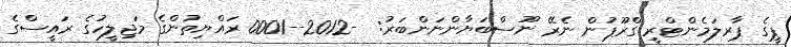
ޕީގެ ޕާރލަމެންޓްރީ ގްރޫޕުން ނެރޭ ނޫސްބަޔާންނަންބަރު:  -2012--0001 ރައްޔިތުންގެ މަޖިލީހުގެ ރައީސްގެ